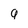
Character: 9